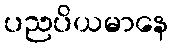
ပညပိယမာနေ